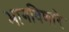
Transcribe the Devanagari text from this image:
भागविणारे